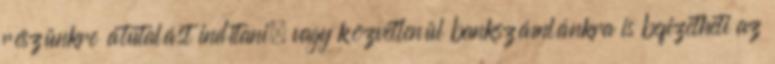
részünkre átutalást indítani, vagy közvetlenül bankszámlánkra is befizetheti az